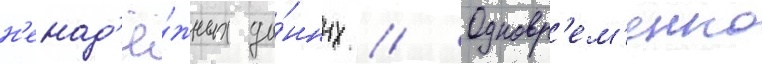
н'енад'ё́жных да́нных // Одновр'ем'енно